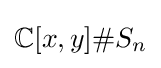
\mathbb {C} [x,y]\#S_{n}